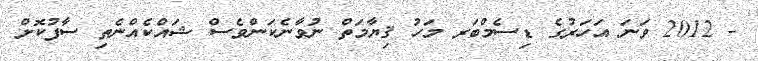
- 2012 ވަނަ އަހަރުގެ ޑިސެމްބަރ މަހު ޤިޔާމަތް ނުވާނެކަންވެސް ޝައްކެއްނެތި ސާފުކޮށް